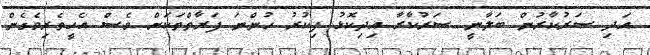
އަދި ސަރުކާރުން ބަލާނީ ސަރުކާރާ އިދިކޮޅު ފިކުރު ހުންނަ ފަރާތްތަކަށް ވެސް އެހީތެރިވެގެން